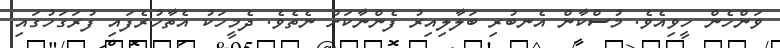
ވަންހެން ހީވިއެވެ. މުސްކާން އެނބުރި ބަލާލިއިރު ފެންނާކަށް ނެތެވެ. ދެމީހަކު އެތާހުރެފައި ފުރަގަހުގައި